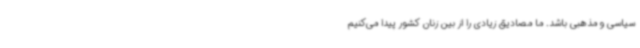
سیاسی و مذهبی باشد. ما مصادیق زیادی را از بین زنان کشور پیدا می‌کنیم